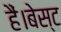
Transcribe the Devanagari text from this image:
हैं।बेस्ट